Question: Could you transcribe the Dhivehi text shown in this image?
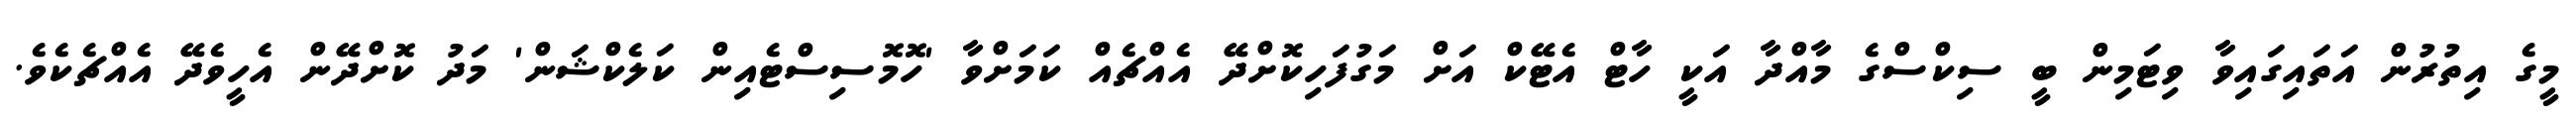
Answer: މީގެ އިތުރުން އަތައިގައިވާ ވިޓަމިން ބީ ސިކްސްގެ މާއްދާ އަކީ ހާޓް އެޓޭކް އަށް މަގުފަހިކޮށްދޭ އެއްޗެއް ކަމަށްވާ 'ހޮމޮސިސްޓެއިން ކަލެކްޝަން' މަދު ކޮށްދޭން އެހީވެދޭ އެއްޗެކެވެ.